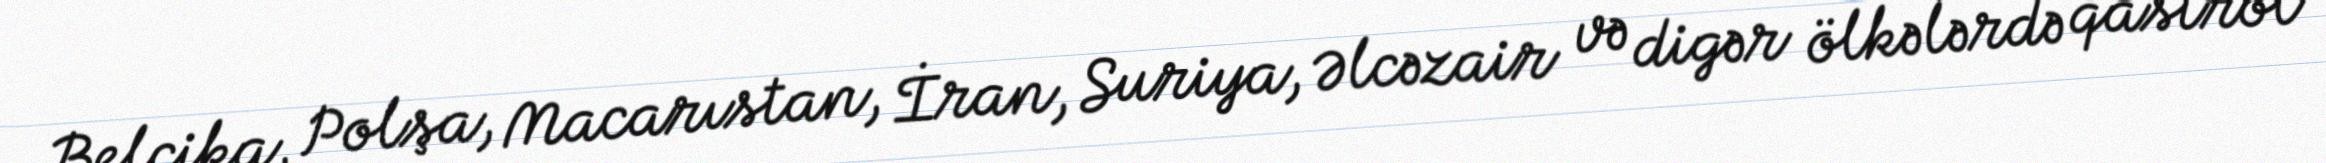
Belçika, Polşa, Macarıstan, İran, Suriya, Əlcəzair və digər ölkələrdə qastrol